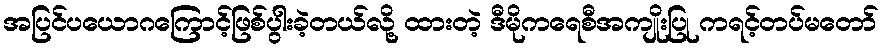
အပြင်ပယောဂကြောင့်ဖြစ်ပွါးခဲ့တယ်လို့ ထားတဲ့ ဒီမိုကရေစီအကျိုးပြု ကရင့်တပ်မတော်